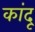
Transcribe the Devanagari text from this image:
कांदू